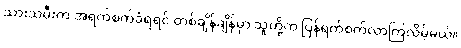
သားသမီးက အရက်စက်ခံရရင် တစ်ချိန်ချိန်မှာ သူတို့က ပြန်ရက်စက်လာကြလိမ့်မယ်။